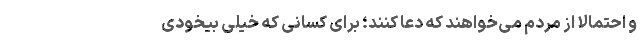
و احتمالا از مردم می‌خواهند که دعا کنند؛ برای کسانی که خیلی بیخودی